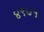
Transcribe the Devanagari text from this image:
४९७५